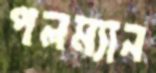
পলম্যান